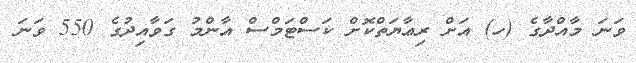
ވަނަ މާއްދާގެ (ހ) އަށް ރިޢާޔަތްކޮށް ކަސްޓަމްސް އާންމު ގަވާއިދުގެ 550 ވަނަ